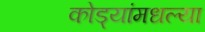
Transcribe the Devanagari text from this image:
कोड्यांमधल्या